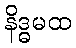
နိဒ္ဓမထ